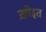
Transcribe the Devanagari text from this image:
ख़ोइत